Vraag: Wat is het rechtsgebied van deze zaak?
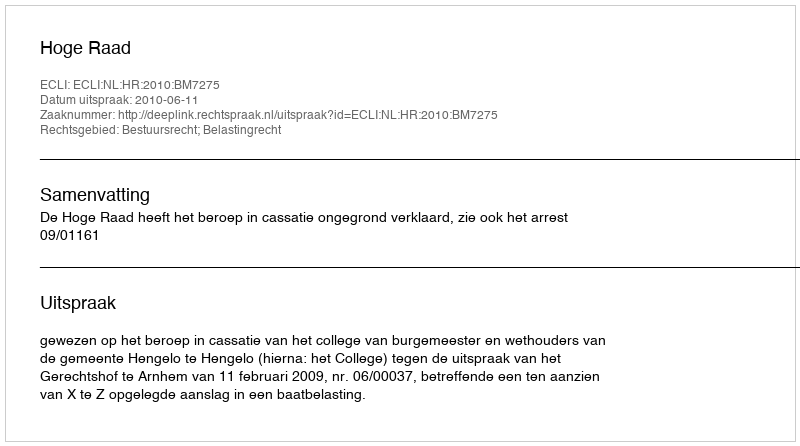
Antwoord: Bestuursrecht; Belastingrecht